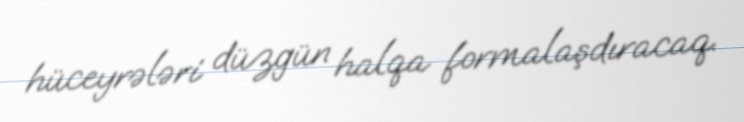
hüceyrələri düzgün halqa formalaşdıracaq.